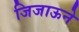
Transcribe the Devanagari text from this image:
जिजाऊने